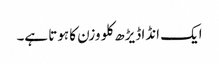
ایک انڈا ڈیڑھ کلو وزن کا ہوتا ہے۔